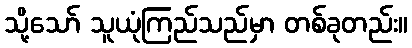
သို့သော် သူယုံကြည်သည်မှာ တစ်ခုတည်း။